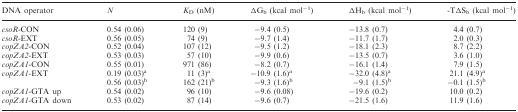
| DNA operator | N | KD (nM) | ΔGb (kcal mol−1) | ΔHb (kcal mol−1) | -TΔSb (kcal mol−1) |
 | --- | --- | --- | --- | --- | --- |
 | csoR-CON | 0.54 (0.06) | 120 (9) | −9.4 (0.5) | −13.8 (0.7) | 4.4 (0.7) |
 | csoR-EXT | 0.56 (0.05) | 74 (9) | −9.7 (1.4) | −11.7 (1.7) | 2.0 (0.3) |
 | copZA2-CON | 0.52 (0.04) | 107 (12) | −9.5 (1.2) | −18.1 (2.3) | 8.7 (2.2) |
 | copZA2-EXT | 0.53 (0.03) | 57 (10) | −9.9 (0.6) | −13.5 (0.7) | 3.6 (1.0) |
 | copZA1-CON | 0.55 (0.01) | 971 (86) | −8.2 (0.7) | −16.1 (1.4) | 7.9 (1.5) |
 | <ROWSPAN=2> copZA1-EXT | 0.19 (0.03)a | 11 (3)a | −10.9 (1.6)a | −32.0 (4.8)a | 21.1 (4.9)a |
 | 0.56 (0.03)b | 162 (21)b | −9.3 (1.6)b | −9.1 (1.5)b | −0.1 (1.5)b |
 | copZA1-GTA up | 0.54 (0.02) | 96 (10) | −9.6 (0.08) | −19.6 (0.2) | 10.0 (0.2) |
 | copZA1-GTA down | 0.53 (0.02) | 87 (14) | −9.6 (0.7) | −21.5 (1.6) | 11.9 (1.6) |